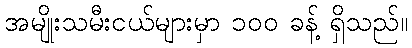
အမျိုးသမီးငယ်များမှာ ၁၀၀ ခန့် ရှိသည်။